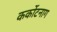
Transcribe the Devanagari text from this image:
कर्कोटनाग